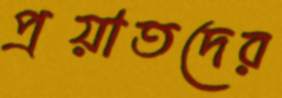
প্রয়াতদের